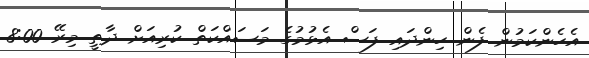
އެހެންކަމުން ފެން ހިންދައި ފަސް އެޅުމުގެ މަސައްކަތް ކުރިއަށް ދާތީ މިރޭ 8:00